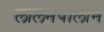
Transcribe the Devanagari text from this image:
लालनपालान